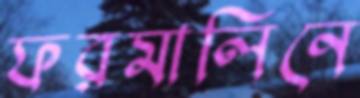
ফরমালিনে